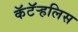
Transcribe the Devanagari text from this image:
कॅटॅर्‍हलिस